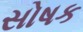
સોષક